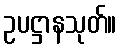
ဥပဋ္ဌာနသုတ်။